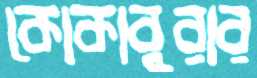
কোকাবুরার